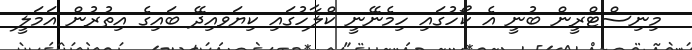
މިނިސްޓްރީން ބުނީ އެ ކޯހުގައި ހިމެނޭނީ ކްލާހުގައި ކިޔަވއިދޭ ބައިގެ އިތުރުން އަމަލީ